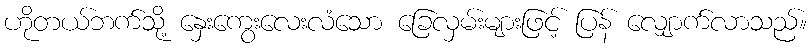
ဟိုတယ်ဘက်သို့ နှေးကွေးလေးလံသော ခြေလှမ်းများဖြင့် ပြန် လျှောက်လာသည်။